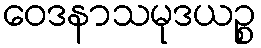
ဝေဒနာသမုဒယဉ္စ